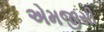
એમજીસી